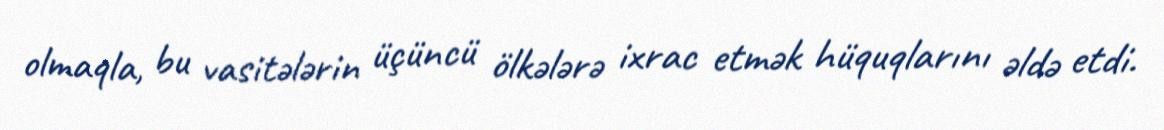
olmaqla, bu vasitələrin üçüncü ölkələrə ixrac etmək hüquqlarını əldə etdi.